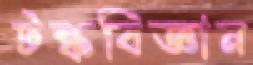
টঙ্কবিজ্ঞান